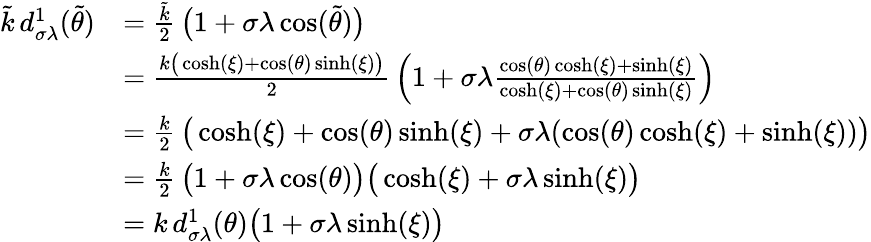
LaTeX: \begin{array}{rl}{\tilde{k}\, d_{\sigma\lambda}^{1}(\tilde{\theta})}&{=\frac{\tilde{k}}{2}\, \big(1+\sigma\lambda\cos(\tilde{\theta})\big)}\\ &{=\frac{k\big(\cosh(\xi)+\cos(\theta)\sinh(\xi)\big)}{2}\, \Big(1+\sigma\lambda\frac{\cos(\theta)\cosh(\xi)+\sinh(\xi)}{\cosh(\xi)+\cos(\theta)\sinh(\xi)}\Big)}\\ &{=\frac{k}{2}\, \big(\cosh(\xi)+\cos(\theta)\sinh(\xi)+\sigma\lambda(\cos(\theta)\cosh(\xi)+\sinh(\xi))\big)}\\ &{=\frac{k}{2}\, \big(1+\sigma\lambda\cos(\theta)\big)\big(\cosh(\xi)+\sigma\lambda\sinh(\xi)\big)}\\ &{=k\, d_{\sigma\lambda}^{1}(\theta)\big(1+\sigma\lambda\sinh(\xi)\big)}\end{array}